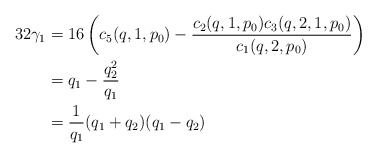
\begin{align*}32\gamma_1 &= 16\left(c_5(q,1,p_0)-\frac{c_2(q,1,p_0)c_3(q,2,1,p_0)}{c_1(q,2,p_0)}\right)\\&=q_1 - \frac{q_2^2}{q_1}\\&= \frac{1}{q_1}(q_1+q_2)(q_1-q_2)\end{align*}